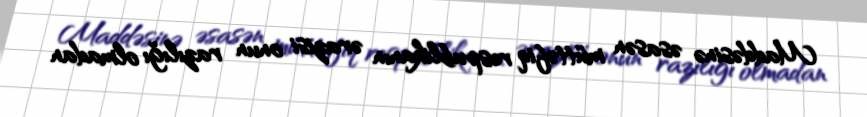
Maddəsinə əsasən müttəfiq respublikanın ərazisi onun razılığı olmadan